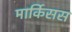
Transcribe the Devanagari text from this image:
मार्किसस